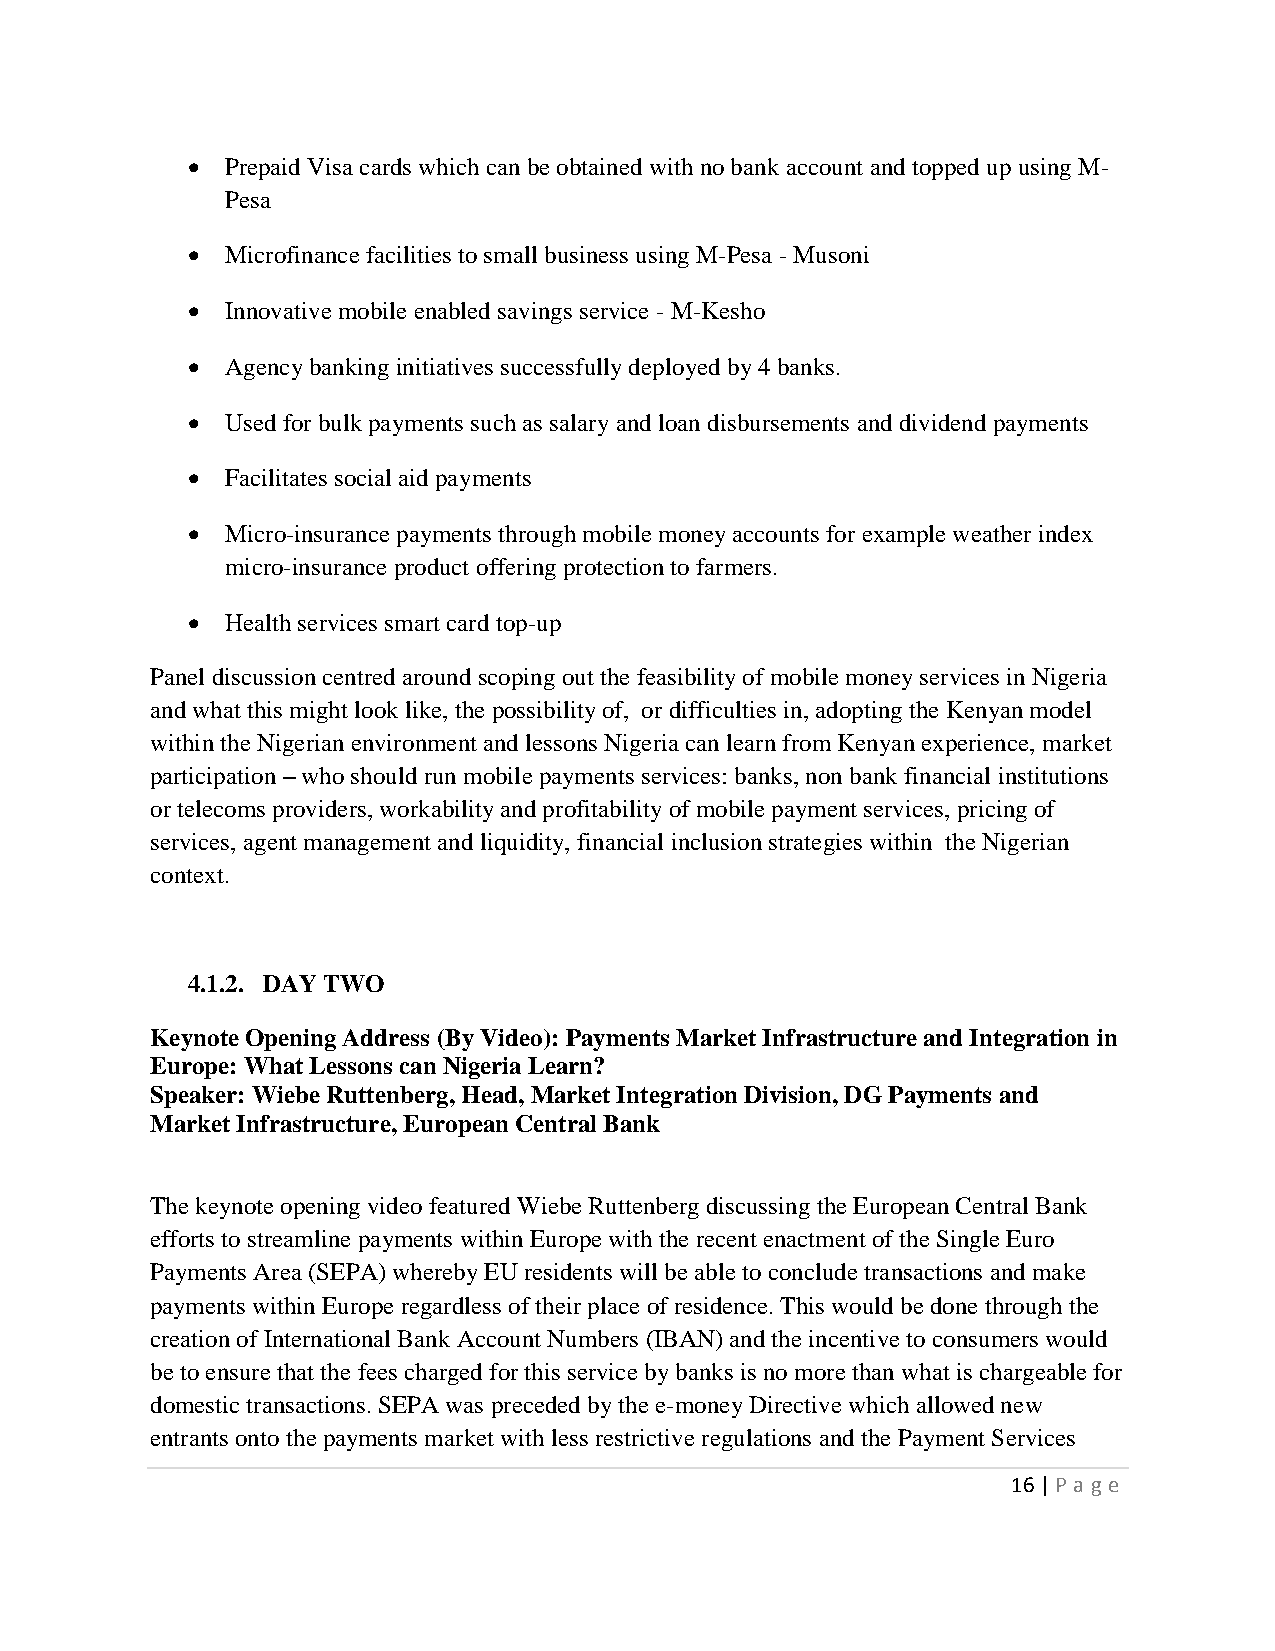
  Prepaid Visa cards which can be obtained with no bank account and topped up using M-
 Pesa
   Microfinance facilities to small business using M-Pesa - Musoni
   Innovative mobile enabled savings service - M-Kesho
   Agency banking initiatives successfully deployed by 4 banks.
   Used for bulk payments such as salary and loan disbursements and dividend payments
   Facilitates social aid payments
   Micro-insurance payments through mobile money accounts for example weather index
 micro-insurance product offering protection to farmers.
   Health services smart card top-up
 Panel discussion centred around scoping out the feasibility of mobile money services in Nigeria
 and what this might look like, the possibility of, or difficulties in, adopting the Kenyan model
 within the Nigerian environment and lessons Nigeria can learn from Kenyan experience, market
 participation – who should run mobile payments services: banks, non bank financial institutions
 or telecoms providers, workability and profitability of mobile payment services, pricing of
 services, agent management and liquidity, financial inclusion strategies within the Nigerian
 context.
 4.1.2. DAY TWO
 Keynote Opening Address (By Video): Payments Market Infrastructure and Integration in
 Europe: What Lessons can Nigeria Learn?
 Speaker: Wiebe Ruttenberg, Head, Market Integration Division, DG Payments and
 Market Infrastructure, European Central Bank
 The keynote opening video featured Wiebe Ruttenberg discussing the European Central Bank
 efforts to streamline payments within Europe with the recent enactment of the Single Euro
 Payments Area (SEPA) whereby EU residents will be able to conclude transactions and make
 payments within Europe regardless of their place of residence. This would be done through the
 creation of International Bank Account Numbers (IBAN) and the incentive to consumers would
 be to ensure that the fees charged for this service by banks is no more than what is chargeable for
 domestic transactions. SEPA was preceded by the e-money Directive which allowed new
 entrants onto the payments market with less restrictive regulations and the Payment Services
 16 | P age